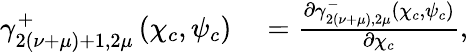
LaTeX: \begin{array}{rl}{\gamma_{2({\nu}+\mu)+1,2\mu}^{+}\left(\chi_{c},\psi_{c}\right)}&{{}=\frac{\partial\gamma_{2(\nu+\mu),2\mu}^{-}\left(\chi_{c},\psi_{c}\right)}{\partial\chi_{c}},}\end{array}